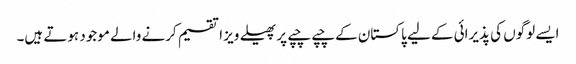
ایسے لوگوں کی پذیرائی کے لیے پاکستان کے چپے چپے پر پھیلے ویز ا تقسیم کرنے والے موجود ہوتے ہیں۔